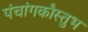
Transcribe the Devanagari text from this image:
पंचांगकौस्तुभ